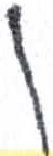
אות: ן